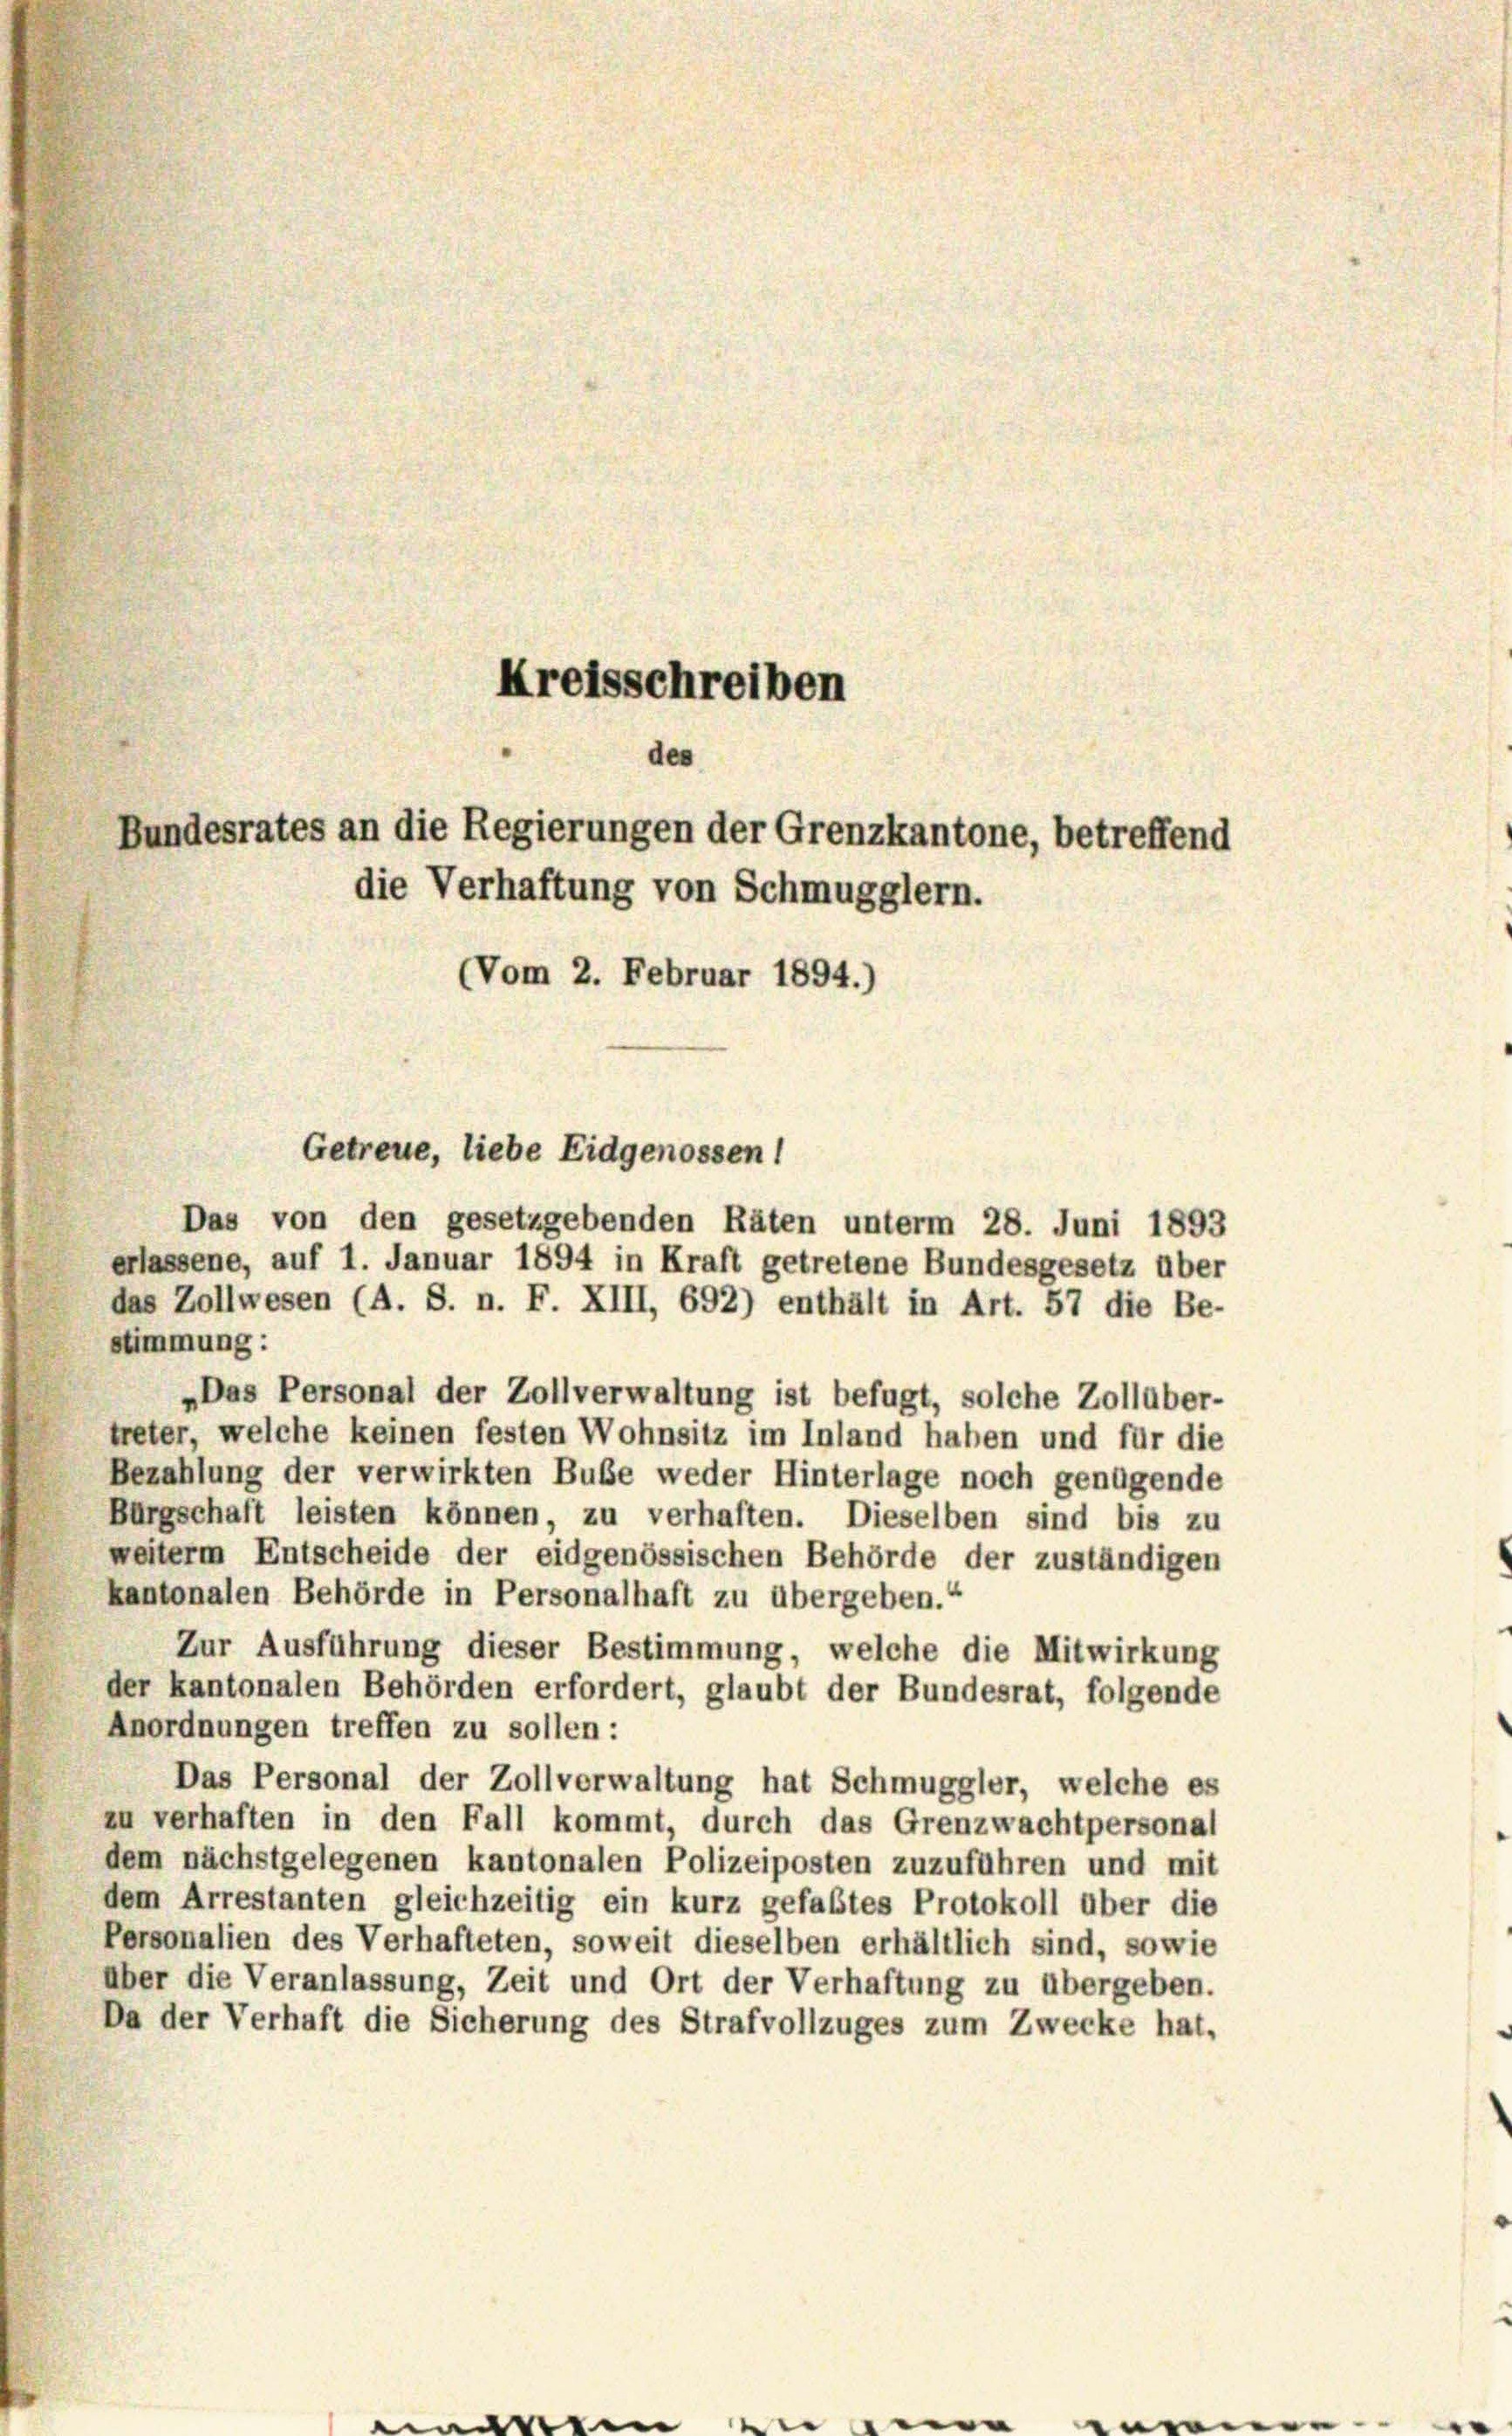
des
Bundesrates an die Regierungen der Grenzkantone, betreffend
die Verhaftung von Schmugglern.

Kreisschreiben

Getreue, liebe Eidgenossen!

(Vom 2. Februar 1894.)

Das von den gesetzgebenden Räten unterm 28. Juni 1893
erlassene, auf 1. Januar 1894 in Kraft getretene Bundesgesetz über
das Zollwesen (A. S. n. F. XIII, 692) enthält in Art. 57 die Be-
stimmung:
„Das Personal der Zollverwaltung ist befugt, solche Zollüber-
treter, welche keinen festen Wohnsitz im Inland haben und für die
Bezahlung der verwirkten Buße weder Hinterlage noch genügende
Bürgschaft leisten können, zu verhaften. Dieselben sind bis zu
weiterm Entscheide der eidgenössischen Behörde der zuständigen
kantonalen Behörde in Personalhaft zu übergeben.“
Zur Ausführung dieser Bestimmung, welche die Mitwirkung
der kantonalen Behörden erfordert, glaubt der Bundesrat, folgende
Anordnungen treffen zu sollen:
Das Personal der Zollverwaltung hat Schmuggler, welche es
zu verhaften in den Fall kommt, durch das Grenzwachtpersonal
dem nächstgelegenen kantonalen Polizeiposten zuzuführen und mit
dem Arrestanten gleichzeitig ein kurz gefaßtes Protokoll über die
Personalien des Verhafteten, soweit dieselben erhältlich sind, sowie
über die Veranlassung, Zeit und Ort der Verhaftung zu übergeben.
Da der Verhaft die Sicherung des Strafvollzuges zum Zwecke hat,